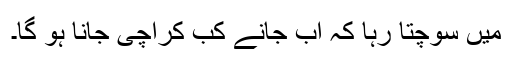
میں سوچتا رہا کہ اب جانے کب کراچی جانا ہو گا۔